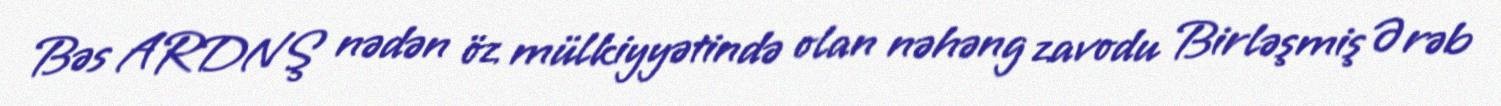
Bəs ARDNŞ nədən öz mülkiyyətində olan nəhəng zavodu Birləşmiş Ərəb